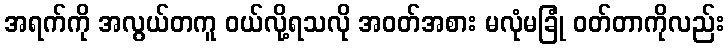
အရက်ကို အလွယ်တကူ ဝယ်လို့ရသလို အဝတ်အစား မလုံမခြုံ ဝတ်တာကိုလည်း